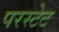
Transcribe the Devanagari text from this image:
परस्टेट